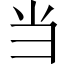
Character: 当